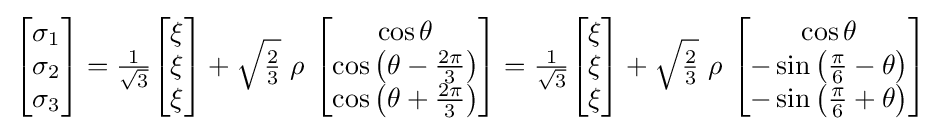
{\begin{bmatrix}\sigma _{1}\\\sigma _{2}\\\sigma _{3}\end{bmatrix}}={\tfrac {1}{\sqrt {3}}}{\begin{bmatrix}\xi \\\xi \\\xi \end{bmatrix}}+{\sqrt {\tfrac {2}{3}}}~\rho ~{\begin{bmatrix}\cos \theta \\\cos \left(\theta -{\tfrac {2\pi }{3}}\right)\\\cos \left(\theta +{\tfrac {2\pi }{3}}\right)\end{bmatrix}}={\tfrac {1}{\sqrt {3}}}{\begin{bmatrix}\xi \\\xi \\\xi \end{bmatrix}}+{\sqrt {\tfrac {2}{3}}}~\rho ~{\begin{bmatrix}\cos \theta \\-\sin \left({\tfrac {\pi }{6}}-\theta \right)\\-\sin \left({\tfrac {\pi }{6}}+\theta \right)\end{bmatrix}}